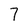
Character: 7